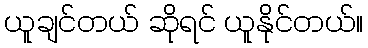
ယူချင်တယ် ဆိုရင် ယူနိုင်တယ်။